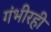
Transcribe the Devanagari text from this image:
गंभीरही